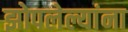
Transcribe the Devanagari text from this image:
झोपलेल्यांना